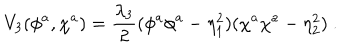
V _ { 3 } ( \phi ^ { a } , \chi ^ { a } ) = \frac { \lambda _ { 3 } } 2 ( \phi ^ { a } \phi ^ { a } - \eta _ { 1 } ^ { 2 } ) ( \chi ^ { a } \chi ^ { a } - \eta _ { 2 } ^ { 2 } ) \ .